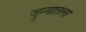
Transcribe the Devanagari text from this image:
जुन्यातला